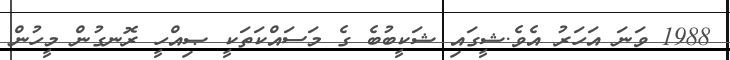
1988 ވަނަ އަހަރު އެވެ.ޝީގައި ޝަކީބުބެ ގެ މަސައްކަތަކީ ޞިއްހީ ރޮނގުން މީހުން